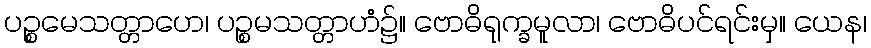
ပဉ္စမေသတ္တာဟေ၊ ပဉ္စမသတ္တာဟံ၌။ ဗောဓိရုက္ခမူလာ၊ ဗောဓိပင်ရင်းမှ။ ယေန၊